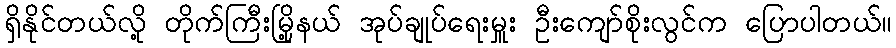
ရှိနိုင်တယ်လို့ တိုက်ကြီးမြို့နယ် အုပ်ချုပ်ရေးမှူး ဦးကျော်စိုးလွင်က ပြောပါတယ်။